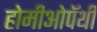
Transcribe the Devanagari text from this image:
होमीओपॅथी